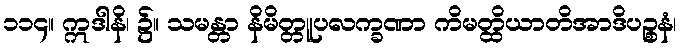
၁၁၄။ ဣဒါနိ၊ ၌။ သမန္တာ နိမိတ္တူပလက္ခဏာ ကိမတ္ထိယာတိအာဒိပဉ္စနံ၊